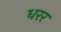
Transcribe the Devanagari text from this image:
धरर